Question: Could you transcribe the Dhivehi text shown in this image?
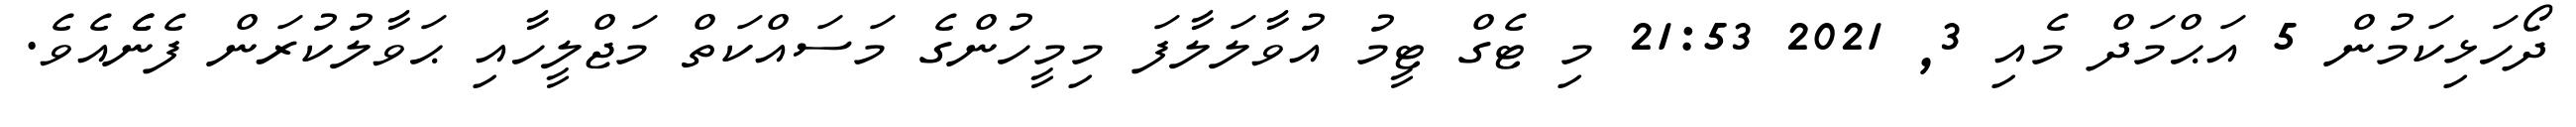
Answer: ދޯހަޅިކަމުން 5 އަޙްމަދް މެއި 3, 2021 21:53 މި ޓެގް ޓީމު އުވާލަލާފަ މިމީހުންގެ މަސައްކަތް މަޖްލީހާއި ޙަވާލުކުރަން ފެނެެއެވެ.